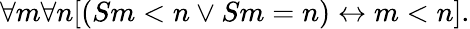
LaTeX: \forall m\forall n[(Sm<n\lor Sm=n)\leftrightarrow m<n].